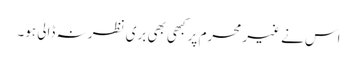
اس نے غیر محرم پر کبھی بھی بری نظر نہ ڈالی ہو۔